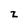
Character: z